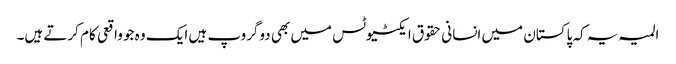
المیہ یہ کہ پاکستان میں انسانی حقوق ایکٹیوٹس میں بھی دوگروپ ہیں ایک وہ جو واقعی کام کرتے ہیں۔